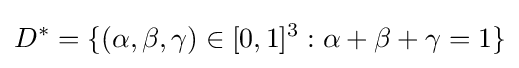
D^{*}=\{(\alpha ,\beta ,\gamma )\in [0,1]^{3}:\alpha +\beta +\gamma =1\}